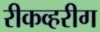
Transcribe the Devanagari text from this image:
रीकव्हरीग